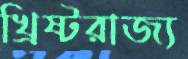
খ্রিষ্টরাজ্য